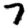
Digit: 7